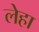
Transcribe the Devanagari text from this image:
लेहा